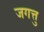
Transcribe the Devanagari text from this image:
जगत्तु